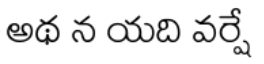
అథ న యది వర్షే